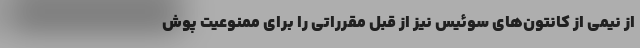
از نیمی از کانتون‌های سوئیس نیز از قبل مقرراتی را برای ممنوعیت پوش